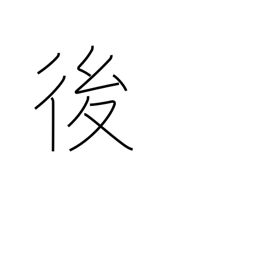
Meaning: later